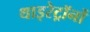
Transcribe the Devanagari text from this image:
थाइरेट्रॉनों